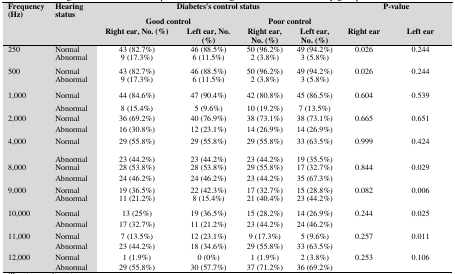
<table><thead><tr><td rowspan="3"><b>Frequency (Hz)</b></td><td rowspan="3"><b>Hearing status</b></td><td colspan="4"><b>Diabetes&#x27;s control status</b></td><td rowspan="2" colspan="2"><b>P-value</b></td></tr><tr><td colspan="2"><b>Good control</b></td><td colspan="2"><b>Poor control</b></td></tr><tr><td><b>Right ear, No. (%)</b></td><td><b>Left ear, No. (%)</b></td><td><b>Right ear, No. (%)</b></td><td><b>Left ear, No. (%)</b></td><td><b>Right ear </b></td><td><b>Left ear </b></td></tr></thead><tbody><tr><td rowspan="2">250</td><td>Normal</td><td>43 (82.7%)</td><td>46 (88.5%)</td><td>50 (96.2%)</td><td>49 (94.2%)</td><td rowspan="2">0.026</td><td rowspan="2">0.244</td></tr><tr><td>Abnormal</td><td>9 (17.3%)</td><td>6 (11.5%)</td><td>2 (3.8%)</td><td>3 (5.8%)</td></tr><tr><td rowspan="2">500</td><td>Normal</td><td>43 (82.7%)</td><td>46 (88.5%)</td><td>50 (96.2%)</td><td>49 (94.2%)</td><td rowspan="2">0.026</td><td rowspan="2">0.244</td></tr><tr><td>Abnormal</td><td>9 (17.3%)</td><td>6 (11.5%)</td><td>2 (3.8%)</td><td>3 (5.8%)</td></tr><tr><td rowspan="2">1,000</td><td>Normal</td><td>44 (84.6%)</td><td>47 (90.4%)</td><td>42 (80.8%)</td><td>45 (86.5%)</td><td rowspan="2">0.604</td><td rowspan="2">0.539</td></tr><tr><td>Abnormal</td><td>8 (15.4%)</td><td>5 (9.6%)</td><td>10 (19.2%)</td><td>7 (13.5%)</td></tr><tr><td rowspan="2">2,000</td><td>Normal</td><td>36 (69.2%)</td><td>40 (76.9%)</td><td>38 (73.1%)</td><td>38 (73.1%)</td><td rowspan="2">0.665</td><td rowspan="2">0.651</td></tr><tr><td>Abnormal</td><td>16 (30.8%)</td><td>12 (23.1%)</td><td>14 (26.9%)</td><td>14 (26.9%)</td></tr><tr><td rowspan="2">4,000</td><td>Normal</td><td>29 (55.8%)</td><td>29 (55.8%)</td><td>29 (55.8%)</td><td>33 (63.5%)</td><td rowspan="2">0.999</td><td rowspan="2">0.424</td></tr><tr><td>Abnormal</td><td>23 (44.2%)</td><td>23 (44.2%)</td><td>23 (44.2%)</td><td>19 (35.5%)</td></tr><tr><td rowspan="2">8,000</td><td>Normal</td><td>28 (53.8%)</td><td>28 (53.8%)</td><td>29 (55.8%)</td><td>17 (32.7%)</td><td rowspan="2">0.844</td><td rowspan="2">0.029</td></tr><tr><td>Abnormal</td><td>24 (46.2%)</td><td>24 (46.2%)</td><td>23 (44.2%)</td><td>35 (67.3%)</td></tr><tr><td rowspan="2">9,000</td><td>Normal</td><td>19 (36.5%)</td><td>22 (42.3%)</td><td>17 (32.7%)</td><td>15 (28.8%)</td><td rowspan="2">0.082</td><td rowspan="2">0.006</td></tr><tr><td>Abnormal</td><td>11 (21.2%)</td><td>8 (15.4%)</td><td>21 (40.4%)</td><td>23 (44.2%)</td></tr><tr><td rowspan="2">10,000</td><td>Normal</td><td>13 (25%)</td><td>19 (36.5%)</td><td>15 (28.2%)</td><td>14 (26.9%)</td><td rowspan="2">0.244</td><td rowspan="2">0.025</td></tr><tr><td>Abnormal</td><td>17 (32.7%)</td><td>11 (21.2%)</td><td>23 (44.2%)</td><td>24 (46.2%)</td></tr><tr><td rowspan="2">11,000</td><td>Normal</td><td>7 (13.5%)</td><td>12 (23.1%)</td><td>9 (17.3%)</td><td>5 (9.6%)</td><td rowspan="2">0.257</td><td rowspan="2">0.011</td></tr><tr><td>Abnormal</td><td>23 (44.2%)</td><td>18 (34.6%)</td><td>29 (55.8%)</td><td>33 (63.5%)</td></tr><tr><td rowspan="2">12,000</td><td>Normal</td><td>1 (1.9%)</td><td>0 (0%)</td><td>1 (1.9%)</td><td>2 (3.8%)</td><td rowspan="2">0.253</td><td rowspan="2">0.106</td></tr><tr><td>Abnormal</td><td>29 (55.8%)</td><td>30 (57.7%)</td><td>37 (71.2%)</td><td>36 (69.2%)</td></tr></tbody></table>